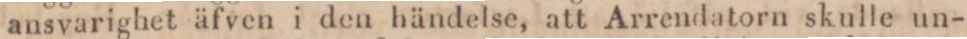
ansvarighet äfven i den händelse, att Arrendatorn skulle un-